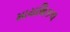
માયથિકલ